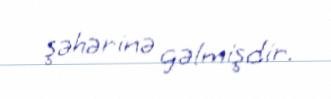
şəhərinə gəlmişdir.